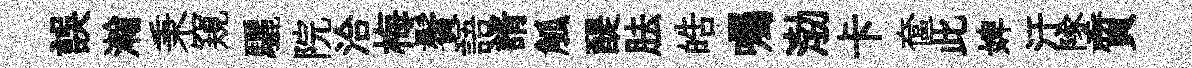
誤瀚秉窺驪院洽梅鬢語諝觚醍胠皓囑渤卡奩此婢汙墜質